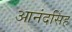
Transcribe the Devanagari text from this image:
आनंदसिंह